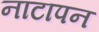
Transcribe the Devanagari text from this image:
नाटापन